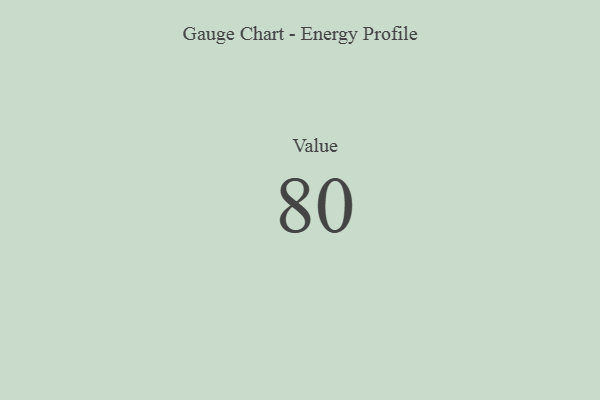
{"axis": {"x": "Metric", "y": "Value"}, "legend": [""], "data": [{"x": "Value", "y": 80, "type": ""}]}